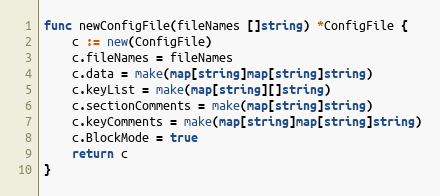
Language: Go
func newConfigFile(fileNames []string) *ConfigFile {
	c := new(ConfigFile)
	c.fileNames = fileNames
	c.data = make(map[string]map[string]string)
	c.keyList = make(map[string][]string)
	c.sectionComments = make(map[string]string)
	c.keyComments = make(map[string]map[string]string)
	c.BlockMode = true
	return c
}